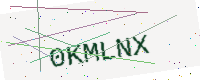
Text: 0KMLNX